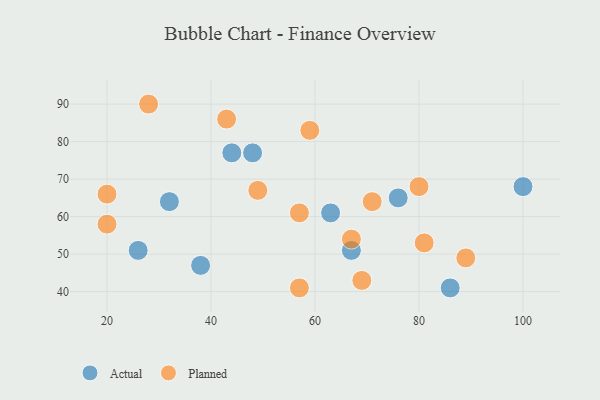
{"axis": {"x": "GDP", "y": "Life Expectancy"}, "legend": ["Actual", "Planned"], "data": [{"x": "100", "y": 68, "type": "Actual"}, {"x": "44", "y": 77, "type": "Actual"}, {"x": "26", "y": 51, "type": "Actual"}, {"x": "32", "y": 64, "type": "Actual"}, {"x": "67", "y": 51, "type": "Actual"}, {"x": "48", "y": 77, "type": "Actual"}, {"x": "38", "y": 47, "type": "Actual"}, {"x": "63", "y": 61, "type": "Actual"}, {"x": "76", "y": 65, "type": "Actual"}, {"x": "86", "y": 41, "type": "Actual"}, {"x": "20", "y": 58, "type": "Planned"}, {"x": "59", "y": 83, "type": "Planned"}, {"x": "43", "y": 86, "type": "Planned"}, {"x": "80", "y": 68, "type": "Planned"}, {"x": "49", "y": 67, "type": "Planned"}, {"x": "28", "y": 90, "type": "Planned"}, {"x": "57", "y": 61, "type": "Planned"}, {"x": "20", "y": 66, "type": "Planned"}, {"x": "71", "y": 64, "type": "Planned"}, {"x": "57", "y": 41, "type": "Planned"}, {"x": "89", "y": 49, "type": "Planned"}, {"x": "67", "y": 54, "type": "Planned"}, {"x": "69", "y": 43, "type": "Planned"}, {"x": "81", "y": 53, "type": "Planned"}]}